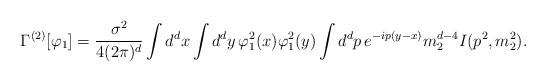
LaTeX: \begin{align*}\Gamma^{(2)}[\varphi_{1}]=\frac{\sigma^{2}}{4(2\pi)^{d}}\int d^{d}x \int d^{d}y\,\varphi_{1}^{2}(x) \varphi_{1}^{2}(y)\int d^{d}p\, e^{-ip(y-x)}m_{2}^{d-4}I(p^{2},m_{2}^{2}).\end{align*}